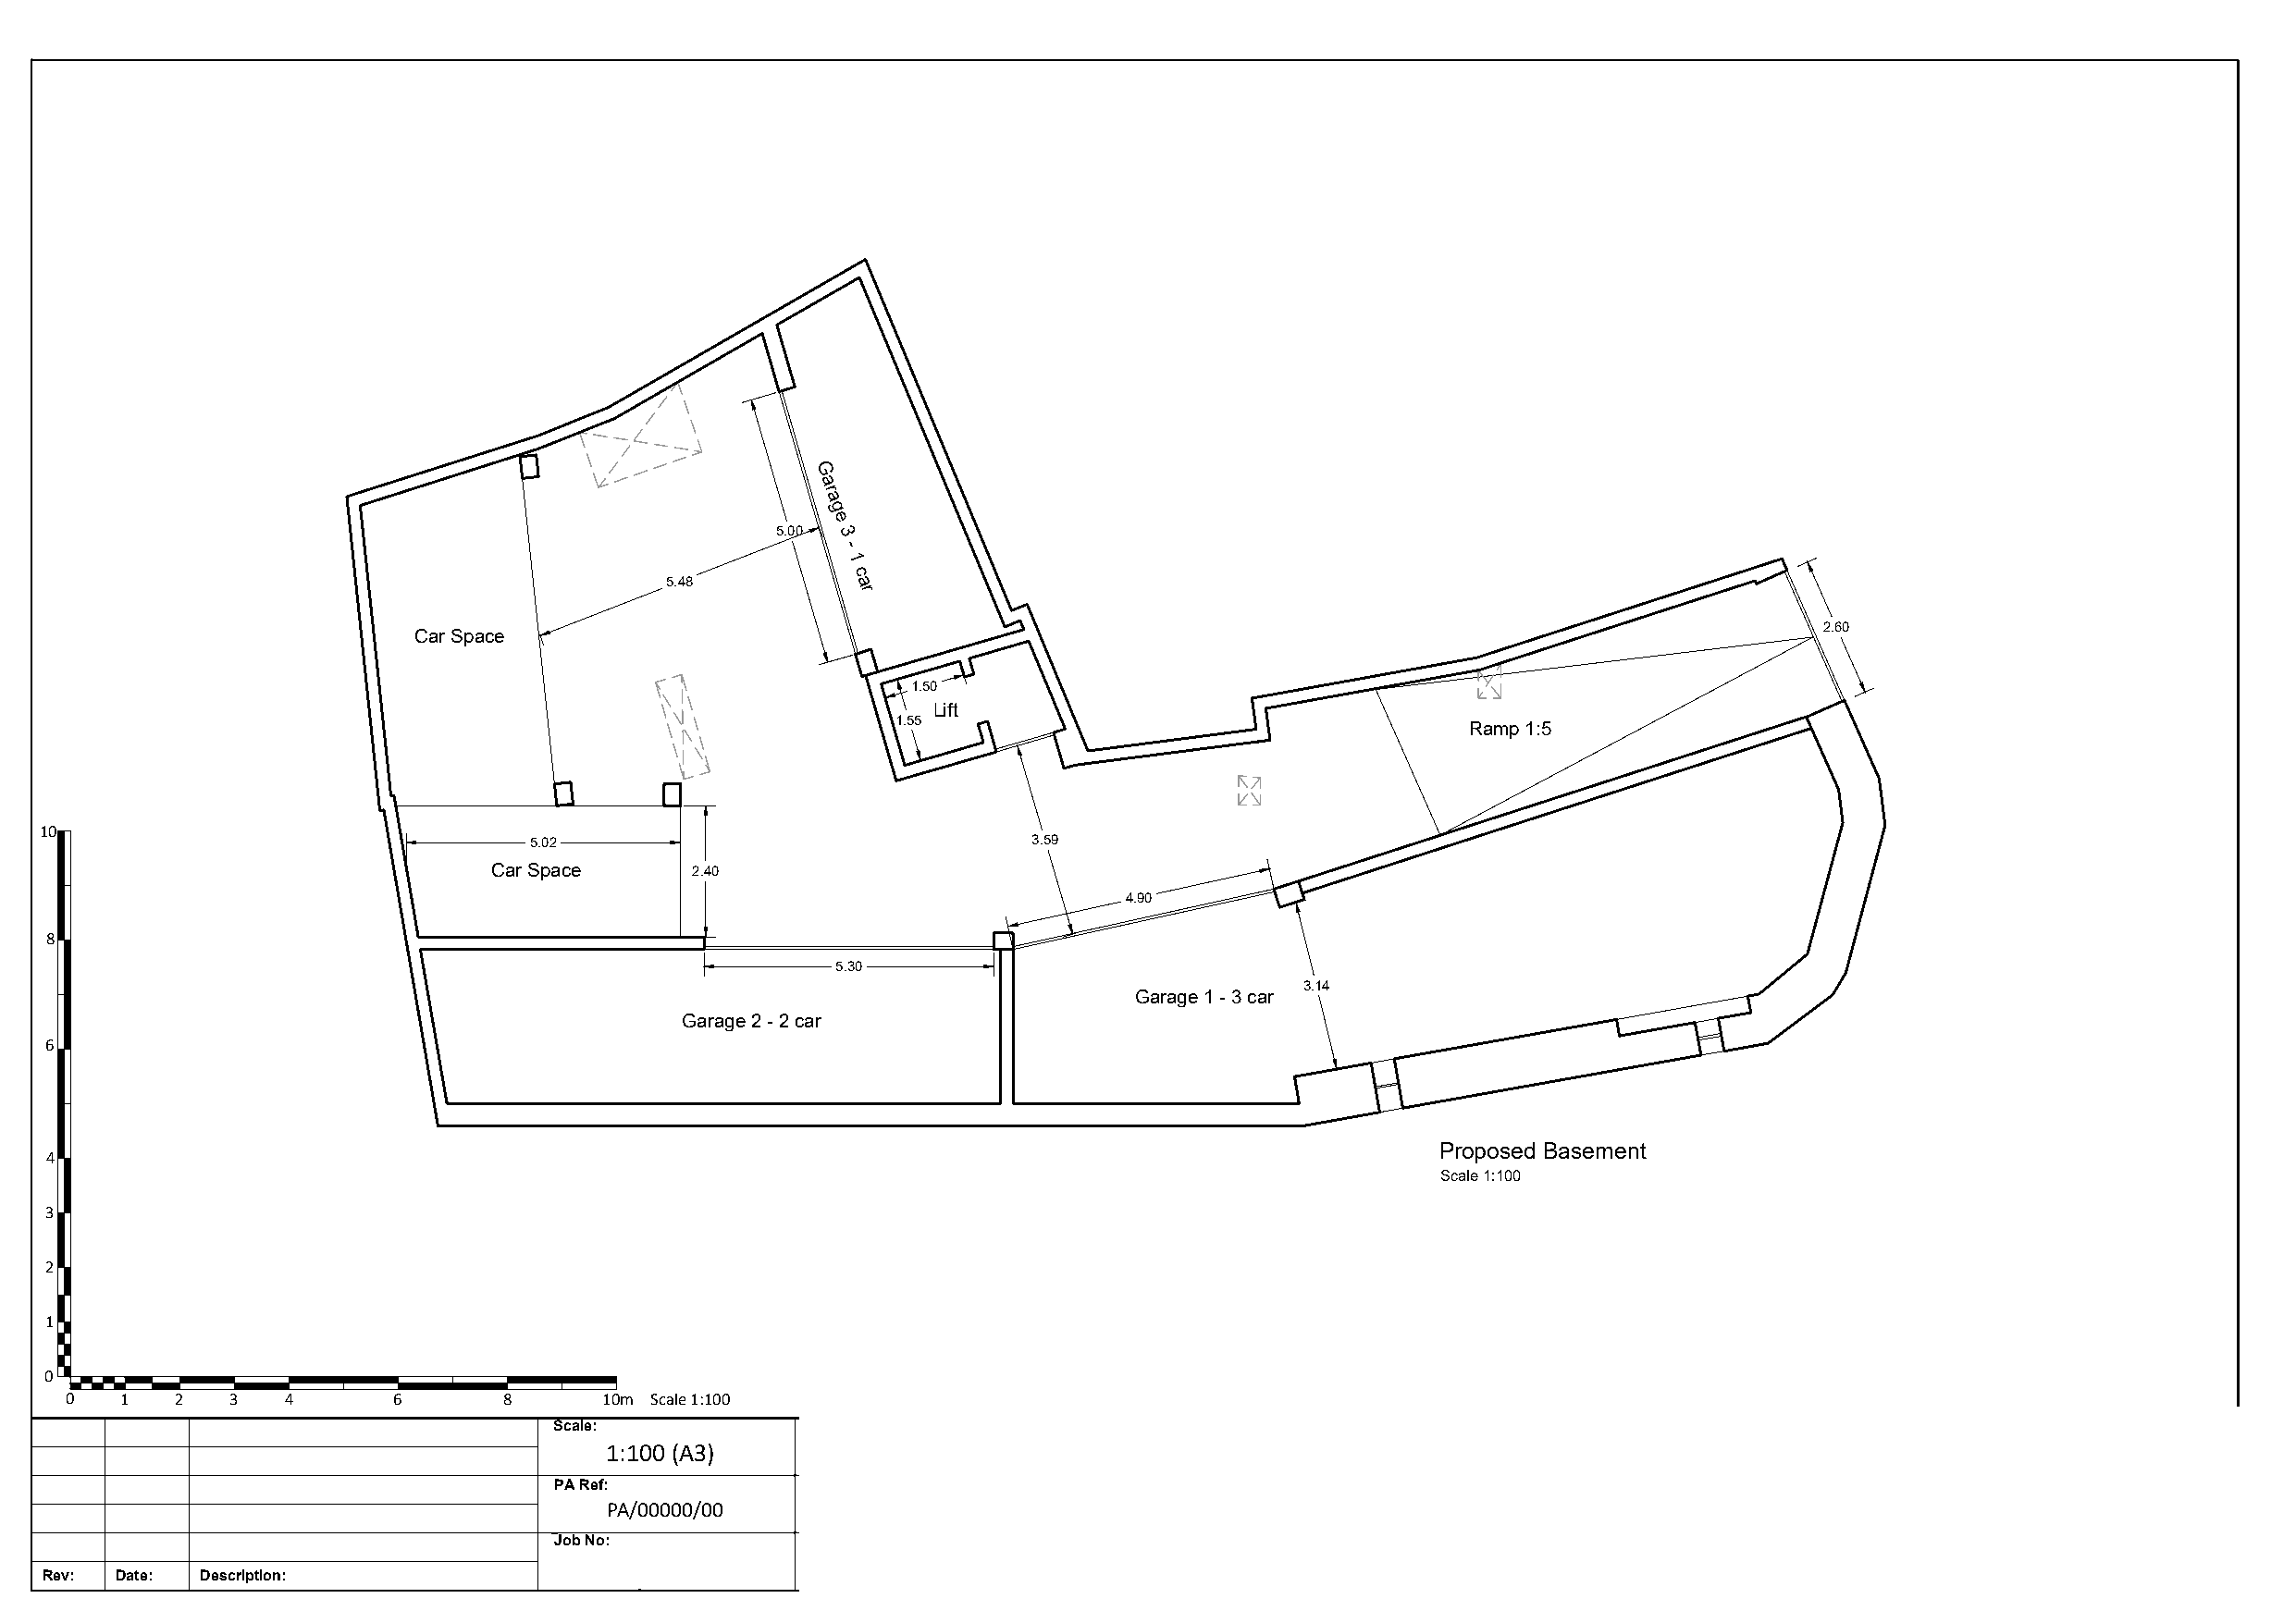
G
 a
 r
 a
 g
 e
 5.00 3
 -
 1
 5.48         c a
 r
 2.60
 Car Space
 1.50
 Lift
 1.55
 Ramp 1:5
 10
 5.02                                3.59
 Car Space      2.40
 4.90
 8
 5.30
 3.14
 Garage 1 - 3 car
 Garage 2 - 2 car
 6
 Proposed Basement
 4
 Scale 1:100
 3
 2
 1
 0
 0   1   2  3   4       6       8      10m Scale 1:100
 Scale:            Date:             Client:
 1:100 (A3)          04.10.2021      Joseph Grech
 PA Ref:           Drawn By:         Works:
 PA/00000/00         JD              Triq Gnien Xibla, Xaghra
 Job No:           Drawing No:   Rev: Dwg Title:
 01       00     Proposed Basement
 Rev: Date: Description: